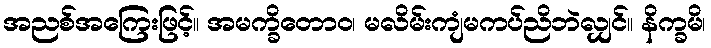
အညစ်အကြေးဖြင့်။ အမက္ခိတောဝ၊ မလိမ်းကျံမကပ်ညိဘဲလျှင်။ နိက္ခမိ၊